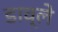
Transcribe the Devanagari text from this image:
डाव्ले